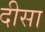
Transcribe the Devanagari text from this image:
दीसा